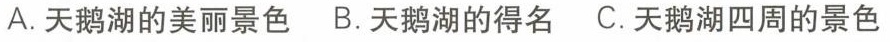
A.天鹅湖的美丽景色 B.天鹅湖的得名 C.天鹅湖四周的景色